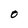
Character: O